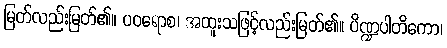
မြတ်လည်းမြတ်၏။ ပဝရောစ၊ အထူးသဖြင့်လည်းမြတ်၏။ ပိဏ္ဍပါတိကော၊